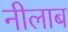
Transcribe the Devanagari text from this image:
नीलाब